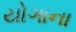
યોગાના